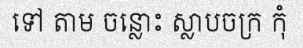
ទៅ តាម ចន្លោះ ស្លាបចក្រ កុំ